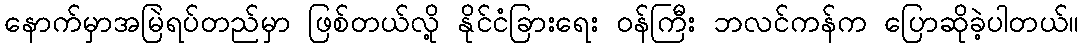
နောက်မှာအမြဲရပ်တည်မှာ ဖြစ်တယ်လို့ နိုင်ငံခြားရေး ဝန်ကြီး ဘလင်ကန်က ပြောဆိုခဲ့ပါတယ်။